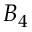
B _ { 4 }